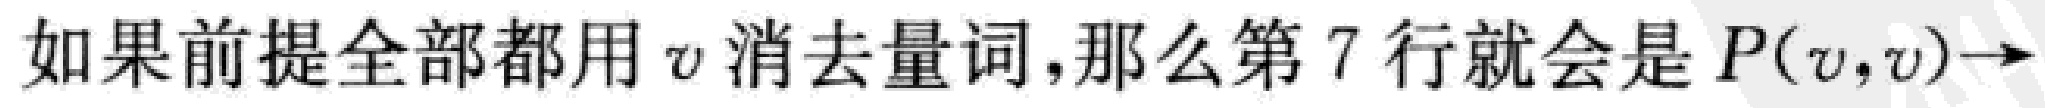
如果前提全部都用\(v\)消去量词,那么第7行就会是\(P(v,v)\to\)